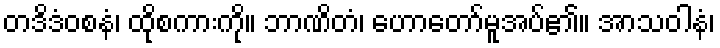
တဒိဒံဝစနံ၊ ထိုစကားကို။ ဘာဏိတံ၊ ဟောတော်မူအပ်၏။ အာသဝါနံ၊